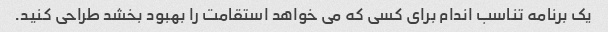
یک برنامه تناسب اندام برای کسی که می خواهد استقامت را بهبود بخشد طراحی کنید.